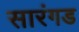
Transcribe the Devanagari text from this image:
सारंगड